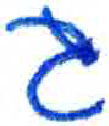
אות: ג